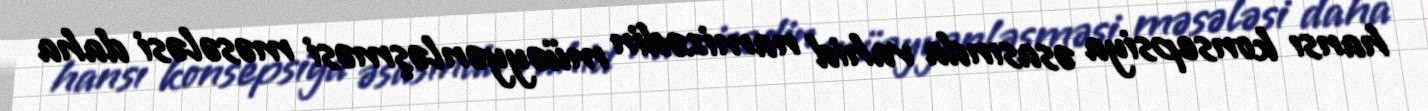
hansı konsepsiya əsasında vahid namizədin müəyyənləşməsi məsələsi daha